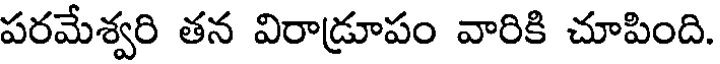
పరమేశ్వరి తన విరాడ్రూపం వారికి చూపింది.